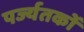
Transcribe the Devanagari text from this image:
पर्ज्यतकों